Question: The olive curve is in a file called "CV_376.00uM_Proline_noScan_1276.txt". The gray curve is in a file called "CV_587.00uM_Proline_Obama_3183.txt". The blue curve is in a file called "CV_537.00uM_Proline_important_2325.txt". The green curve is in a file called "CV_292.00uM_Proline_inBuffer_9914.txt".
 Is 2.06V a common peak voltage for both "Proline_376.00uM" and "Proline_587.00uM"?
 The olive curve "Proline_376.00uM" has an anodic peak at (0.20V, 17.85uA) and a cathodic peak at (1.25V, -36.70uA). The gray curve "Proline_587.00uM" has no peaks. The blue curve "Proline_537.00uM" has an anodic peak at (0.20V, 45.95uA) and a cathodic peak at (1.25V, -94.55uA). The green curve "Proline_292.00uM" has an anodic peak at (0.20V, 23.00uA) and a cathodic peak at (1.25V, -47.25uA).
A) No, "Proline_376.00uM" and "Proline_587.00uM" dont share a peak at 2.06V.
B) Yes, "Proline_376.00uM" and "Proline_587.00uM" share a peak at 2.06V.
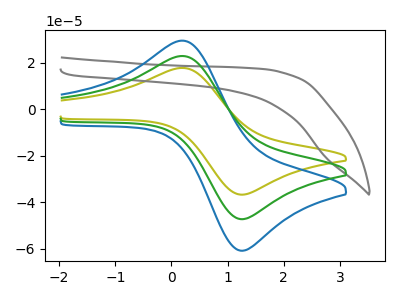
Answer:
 <answer>A) No, "Proline_376.00uM" and "Proline_587.00uM" dont share a peak at 2.06V.</answer>
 <eval>A</eval>